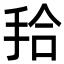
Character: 𭠫